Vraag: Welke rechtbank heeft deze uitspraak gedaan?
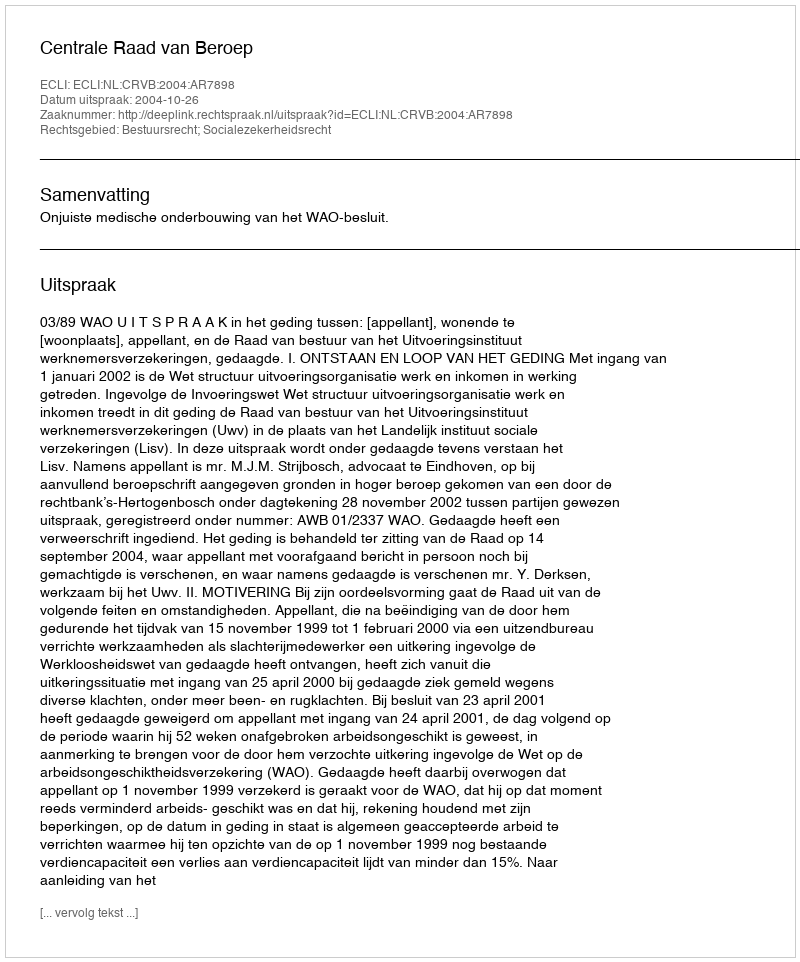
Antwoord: Centrale Raad van Beroep